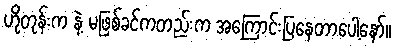
ဟိုတုန်းက နဲ့ မဖြစ်ခင်ကတည်းက အကြောင်းပြနေတာပေါ့နော်။